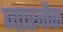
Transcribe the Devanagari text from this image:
जारनैक